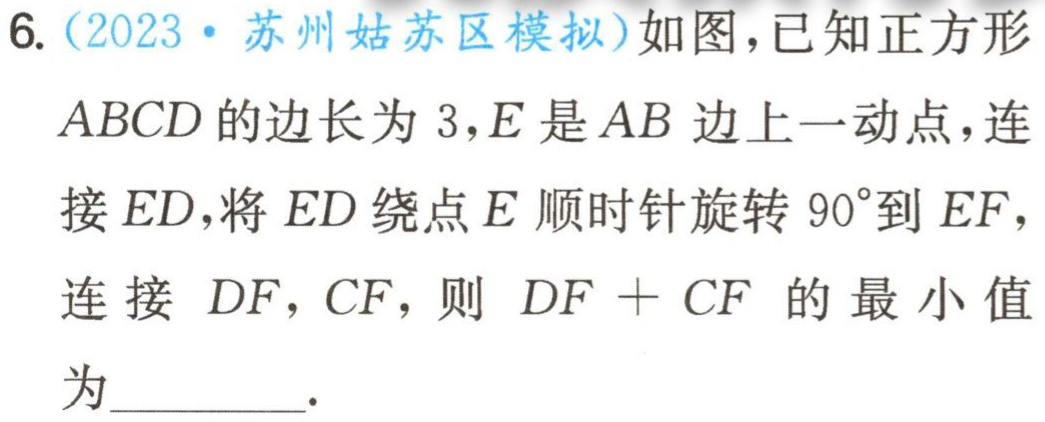
6.（2023·苏州姑苏区模拟）如图，已知正方形
$ABCD$的边长为$3，E$是$AB$边上一动点，连
接$ED$，将$ED$绕点$E$顺时针旋转$90^{\circ}$到$EF$，
连接$DF，CF$，则$DF + CF$ 的最小值
为________.